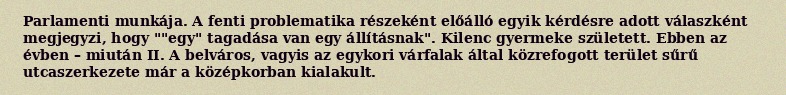
Parlamenti munkája. A fenti problematika részeként előálló egyik kérdésre adott válaszként megjegyzi, hogy ""egy" tagadása van egy állításnak". Kilenc gyermeke született. Ebben az évben – miután II. A belváros, vagyis az egykori várfalak által közrefogott terület sűrű utcaszerkezete már a középkorban kialakult.